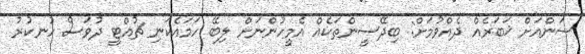
ސަންއަށް ޚަބަރެއް ދެއްވުމަށް: ބިދޭސީންތަކެއް އެމީހުންނަށް ލިބޭ ހަމައެކަނި ޗުއްޓީ ދުވަސް ހުނކުރު